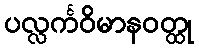
ပလ္လင်္ကဝိမာနဝတ္ထု